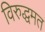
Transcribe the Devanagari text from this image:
विरुद्धमत